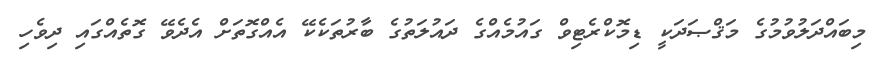
މިބައްދަލުވުމުގެ މަޤްޞަދަކީ ޑިމޮކްރެޓިވް ގައުމެއްގެ ދައުލަތުގެ ބާރުތަކެކޭ އެއްގޮތަށް އެދެވޭ ގޮތެއްގައި ދިވެހި